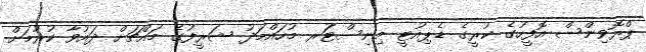
ޕްރޮވިންސް އޮފީހުގެ ކުރީގެ ޑެޕިއުޓީ މިނިސްޓަުރ މުހައްމަދު ޝަރީފުގެ މައްޗަށް ދައުވާ ކުރުމަށް